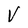
Character: v